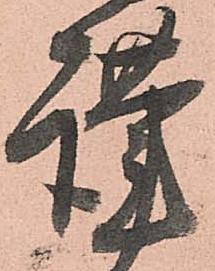
謹